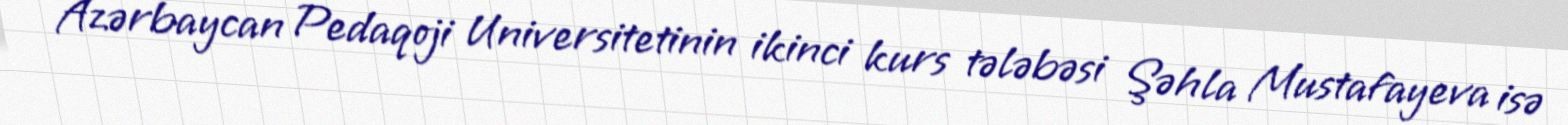
Azərbaycan Pedaqoji Universitetinin ikinci kurs tələbəsi Şəhla Mustafayeva isə